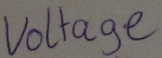
Text: Voltage